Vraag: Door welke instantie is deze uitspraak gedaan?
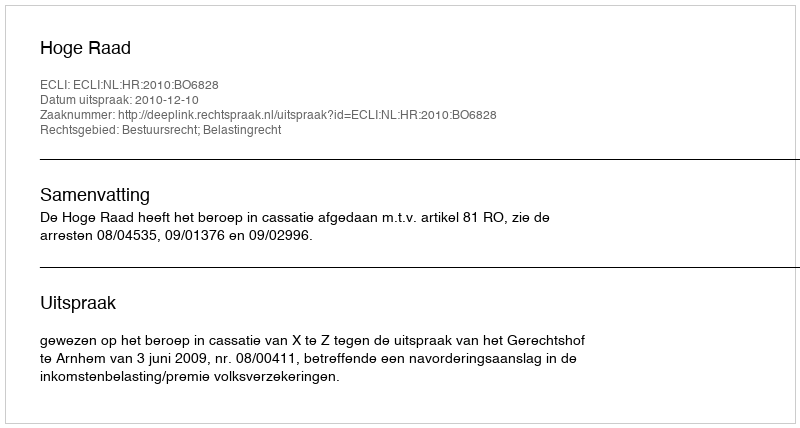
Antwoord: Hoge Raad